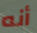
أنه